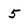
Character: 5